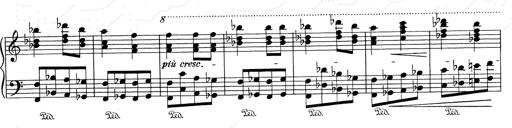
Title: RÃ©miniscences de Don Juan
Composer: Franz Liszt